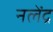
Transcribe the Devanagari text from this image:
नलेंद्र